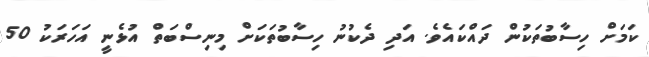
ކަމަށް ހިސާބުތަކުން ދައްކައެވެ. އަދި ދެކުނު ހިސާބުތަކަށް މިނިސްބަތް އުޅެނީ އަހަރަކު 50